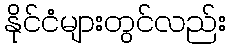
နိုင်ငံများတွင်လည်း